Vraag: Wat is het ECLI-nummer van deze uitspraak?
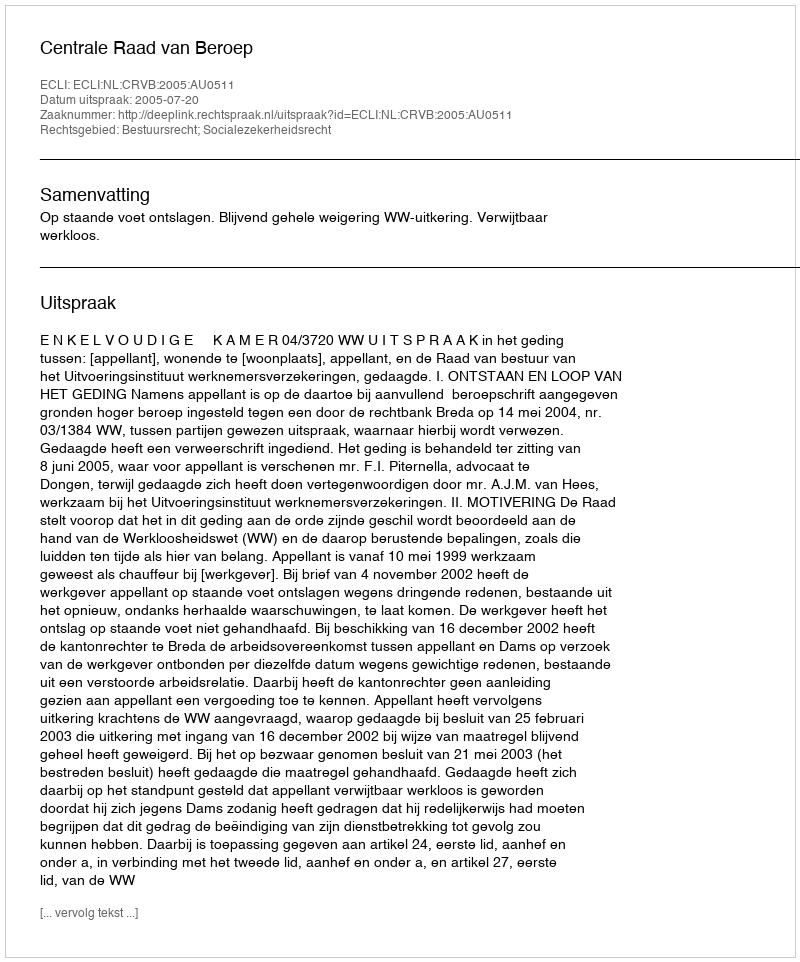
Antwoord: ECLI:NL:CRVB:2005:AU0511